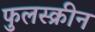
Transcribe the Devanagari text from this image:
फुलस्क्रीन